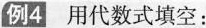
例4 用代数式填空：